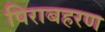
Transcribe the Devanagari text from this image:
पिराबहरण